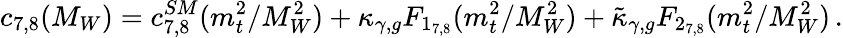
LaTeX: c_{7,8}(M_{W})=c_{7,8}^{SM}(m_{t}^{2}/M_{W}^{2})+\kappa_{\gamma,g}F_{1_{7,8}}(m_{t}^{2}/M_{W}^{2})+\tilde{\kappa}_{\gamma,g}F_{2_{7,8}}(m_{t}^{2}/M_{W}^{2})\, .